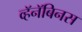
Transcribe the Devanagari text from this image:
व्हॅनॅबिनस